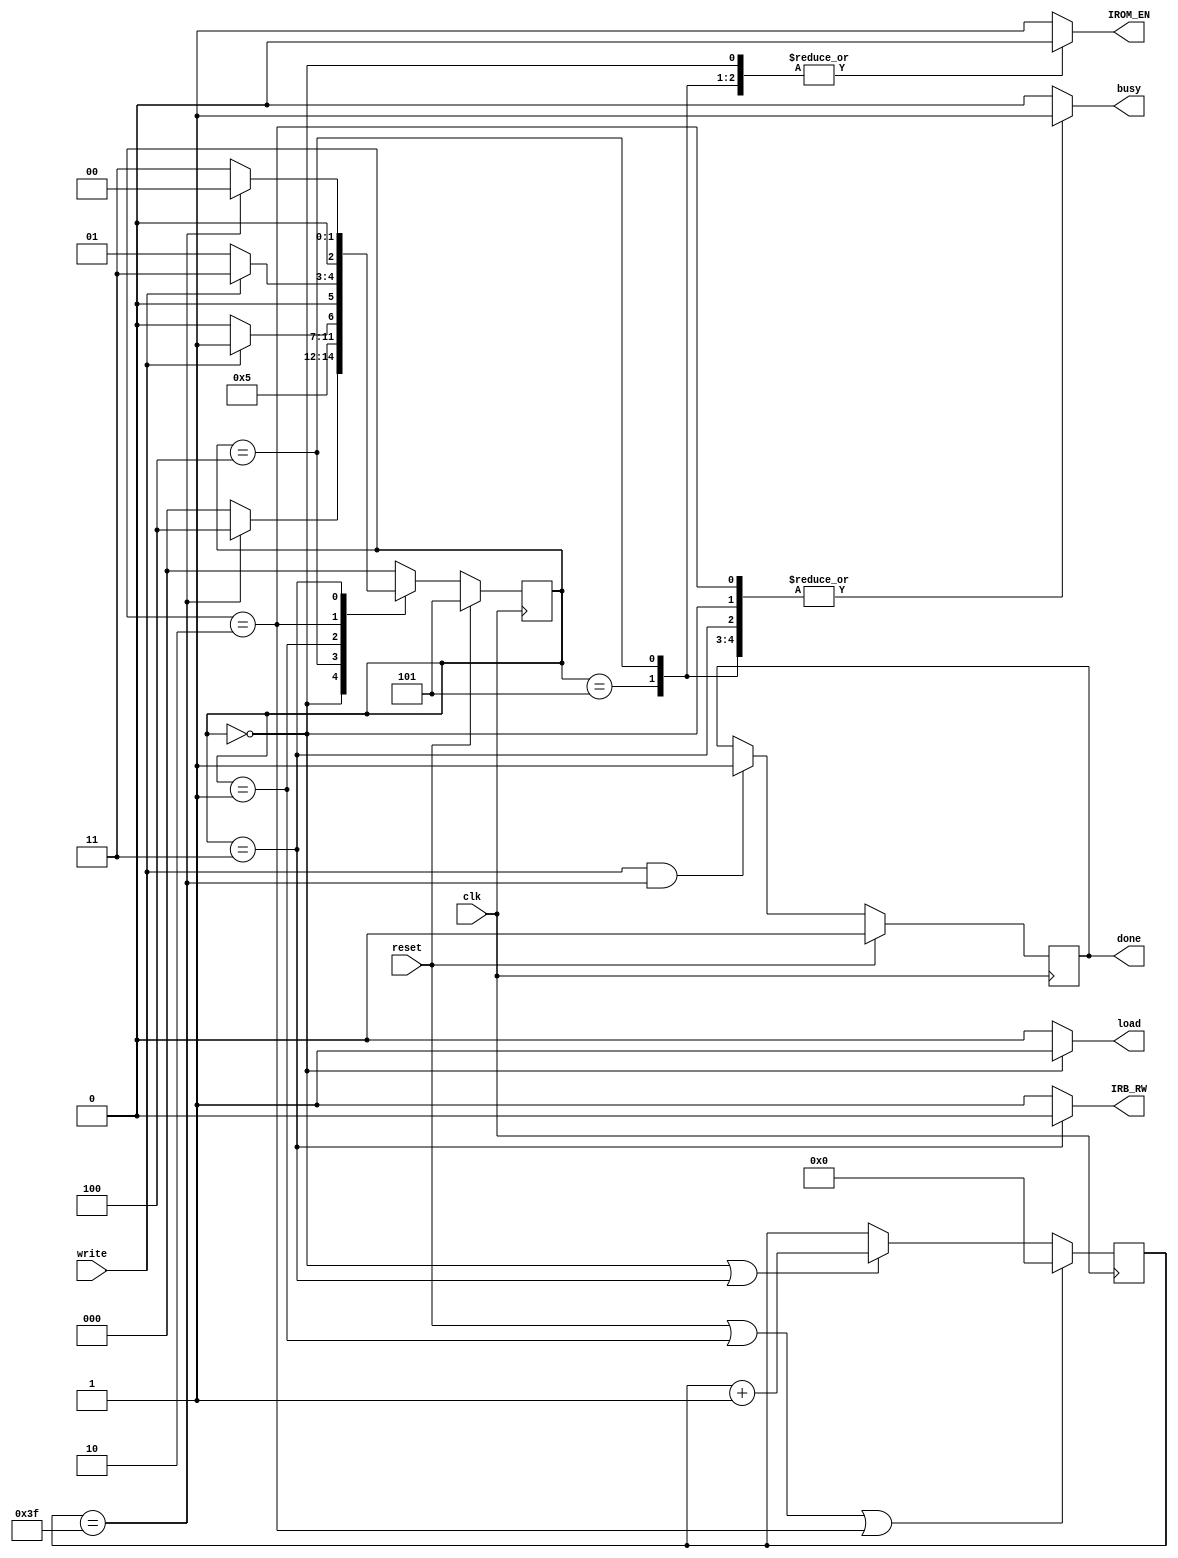
module ctr(
  input clk,
  input reset,
  input write,
  
  output reg load,
  output reg IROM_EN,
  output reg IRB_RW,
  output reg busy,
  output done
);
  reg [5:0] cnt;    
  reg done_flag;
  
  reg [2:0] cstate, nstate; 
  parameter LorD = 3'b000, CMD = 3'b001, PROC = 3'b010, WRITE = 3'b011, WAIT = 3'b100, IDLE = 3'b101;

  
  assign done = done_flag;  
  
  always@(posedge clk)begin
    if(reset)
      cstate <= IDLE;
    else
      cstate <= nstate;  
  end
  
  always@(posedge clk)begin
    if(reset||(cstate == CMD)||(cstate == PROC))
      cnt <= 6'd0;
    else if((cstate == LorD)||(cstate == WRITE))
      cnt <= cnt + 1;
  end
  
  always@(posedge clk)begin
    if(reset)
      done_flag <= 1'b0;
    else if(write && (cnt == 'd63))
      done_flag <= 1'b1;
  end
  
  always@*begin
    case(cstate)
      IDLE:nstate = LorD;            
      LorD:begin
        if(cnt == 'd63)
          nstate = WAIT;
        else
          nstate = LorD;
      end
      WAIT:nstate = CMD;
      CMD:begin
        if(write)
          nstate = WRITE;
        else
          nstate = PROC;        
      end
      PROC:begin 
        if(write)
          nstate = WRITE;
        else
          nstate = CMD;        
      end
      WRITE:begin
        if(cnt == 'd63)
          nstate = LorD;
        else
          nstate = WRITE;
      end
      default:nstate = LorD;          
    endcase
  end
  
  always@*begin
    case(cstate)
      IDLE:begin
        load = 1'b0;
        IROM_EN = 1'b0;
        busy = 1'b1;
        IRB_RW = 1'b1;
      end
      LorD:begin
        load = 1'b1;
        IROM_EN = 1'b0;
        busy = 1'b1;
        IRB_RW = 1'b1;
      end
      WAIT:begin
        load = 1'b0;
        IROM_EN = 1'b0;
        busy = 1'b1;
        IRB_RW = 1'b1;
      end
      CMD:begin
        load = 1'b0;
        IROM_EN = 1'b1;
        busy = 1'b0; 
        IRB_RW = 1'b1;        
      end
      PROC:begin
        load = 1'b0;
        IROM_EN = 1'b1;
        busy = 1'b1;      
        IRB_RW = 1'b1;
      end
      WRITE:begin
        load = 1'b0;
        IROM_EN = 1'b1;
        busy = 1'b1;
        IRB_RW = 1'b0;
      end
      default:begin
        load = 1'b0;
        IROM_EN = 1'b1;
        busy = 1'b0;
        IRB_RW = 1'b1;
      end
    endcase
  end
endmodule